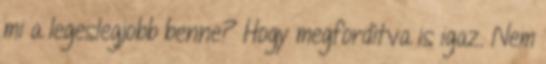
mi a legeslegjobb benne? Hogy megfordítva is igaz. Nem